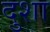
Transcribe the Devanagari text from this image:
दुशा